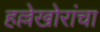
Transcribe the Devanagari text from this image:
हल्लेखोरांचा